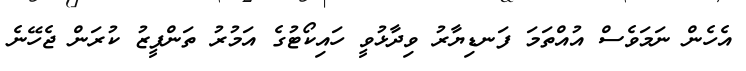
އެހެން ނަމަވެސް އުއްތަމަ ފަނޑިޔާރު ވިދާޅުވީ ހައިކޯޓުގެ އަމުރު ތަންފީޒު ކުރަން ޖެހޭނެ